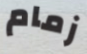
زمام